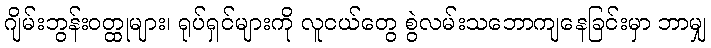
ဂျိမ်းဘွန်းဝတ္ထုများ၊ ရုပ်ရှင်များကို လူငယ်တွေ စွဲလမ်းသဘောကျနေခြင်းမှာ ဘာမျှ